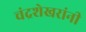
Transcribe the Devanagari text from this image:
चंद्रशेखरांनी